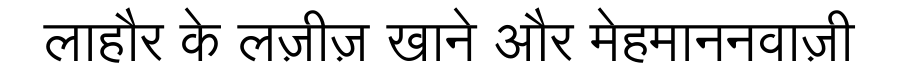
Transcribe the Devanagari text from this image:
लाहौर के लज़ीज़ खाने और मेहमाननवाज़ी